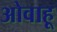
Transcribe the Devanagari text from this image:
ओवाहू